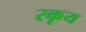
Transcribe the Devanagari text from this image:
रकृय